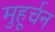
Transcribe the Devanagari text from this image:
मुहूर्चन